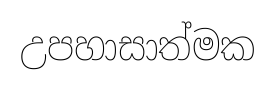
උපහාසාත්මක